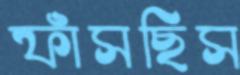
ফাঁসছিস